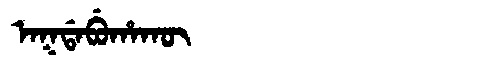
Manchu: ᠠᡴᡩᠠᠪᡠᡥᠠᡴᡡ
Romanization: AKDABUHAKŪ